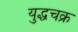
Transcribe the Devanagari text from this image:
युद्धचक्र